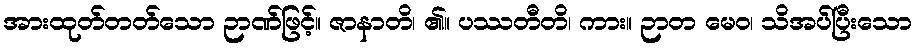
အားထုတ်တတ်သော ဉာဏ်ဖြင့်။ ဇာနာတိ၊ ၏။ ပဿတီတိ၊ ကား။ ဉာတ မေဝ၊ သိအပ်ပြီးသော